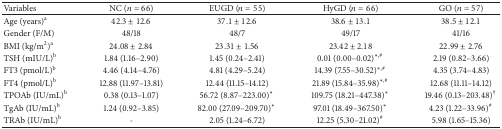
| Variables | NC (n = 66) | EUGD (n = 55) | HyGD (n = 66) | GO (n = 57) |
 | --- | --- | --- | --- | --- |
 | Age (years)a | 42.3 ± 12.6 | 37.1 ± 12.6 | 38.6 ± 13.1 | 38.5 ± 12.1 |
 | Gender (F/M) | 48/18 | 48/7 | 49/17 | 41/16 |
 | BMI (kg/m2)a | 24.08 ± 2.84 | 23.31 ± 1.56 | 23.42 ± 2.18 | 22.99 ± 2.76 |
 | TSH (mIU/L)b | 1.84 (1.16–2.90) | 1.45 (0.24–2.41) | 0.01 (0.00–0.02)∗, # | 2.19 (0.82–3.66) |
 | FT3 (pmol/L)b | 4.46 (4.14–4.76) | 4.81 (4.29–5.24) | 14.39 (7.55–30.52)∗, # | 4.35 (3.74–4.83) |
 | FT4 (pmol/L)b | 12.88 (11.97–13.81) | 12.44 (11.15–14.12) | 21.89 (15.84–35.98)∗, # | 12.68 (11.11–14.12) |
 | TPOAb (IU/mL)b | 0.38 (0.13–1.07) | 56.72 (8.87–223.00)∗ | 109.75 (18.21–447.38)∗ | 19.46 (0.13–203.48)† |
 | TgAb (IU/mL)b | 1.24 (0.92–3.85) | 82.00 (27.09–209.70)∗ | 97.01 (18.49–367.50)∗ | 4.23 (1.22–33.96)# |
 | TRAb (IU/mL)b | - | 2.05 (1.24–6.72) | 12.25 (5.30–21.02)# | 5.98 (1.65–15.36) |